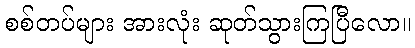
စစ်တပ်များ အားလုံး ဆုတ်သွားကြပြီလော။